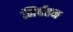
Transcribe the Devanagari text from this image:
निर्बहन